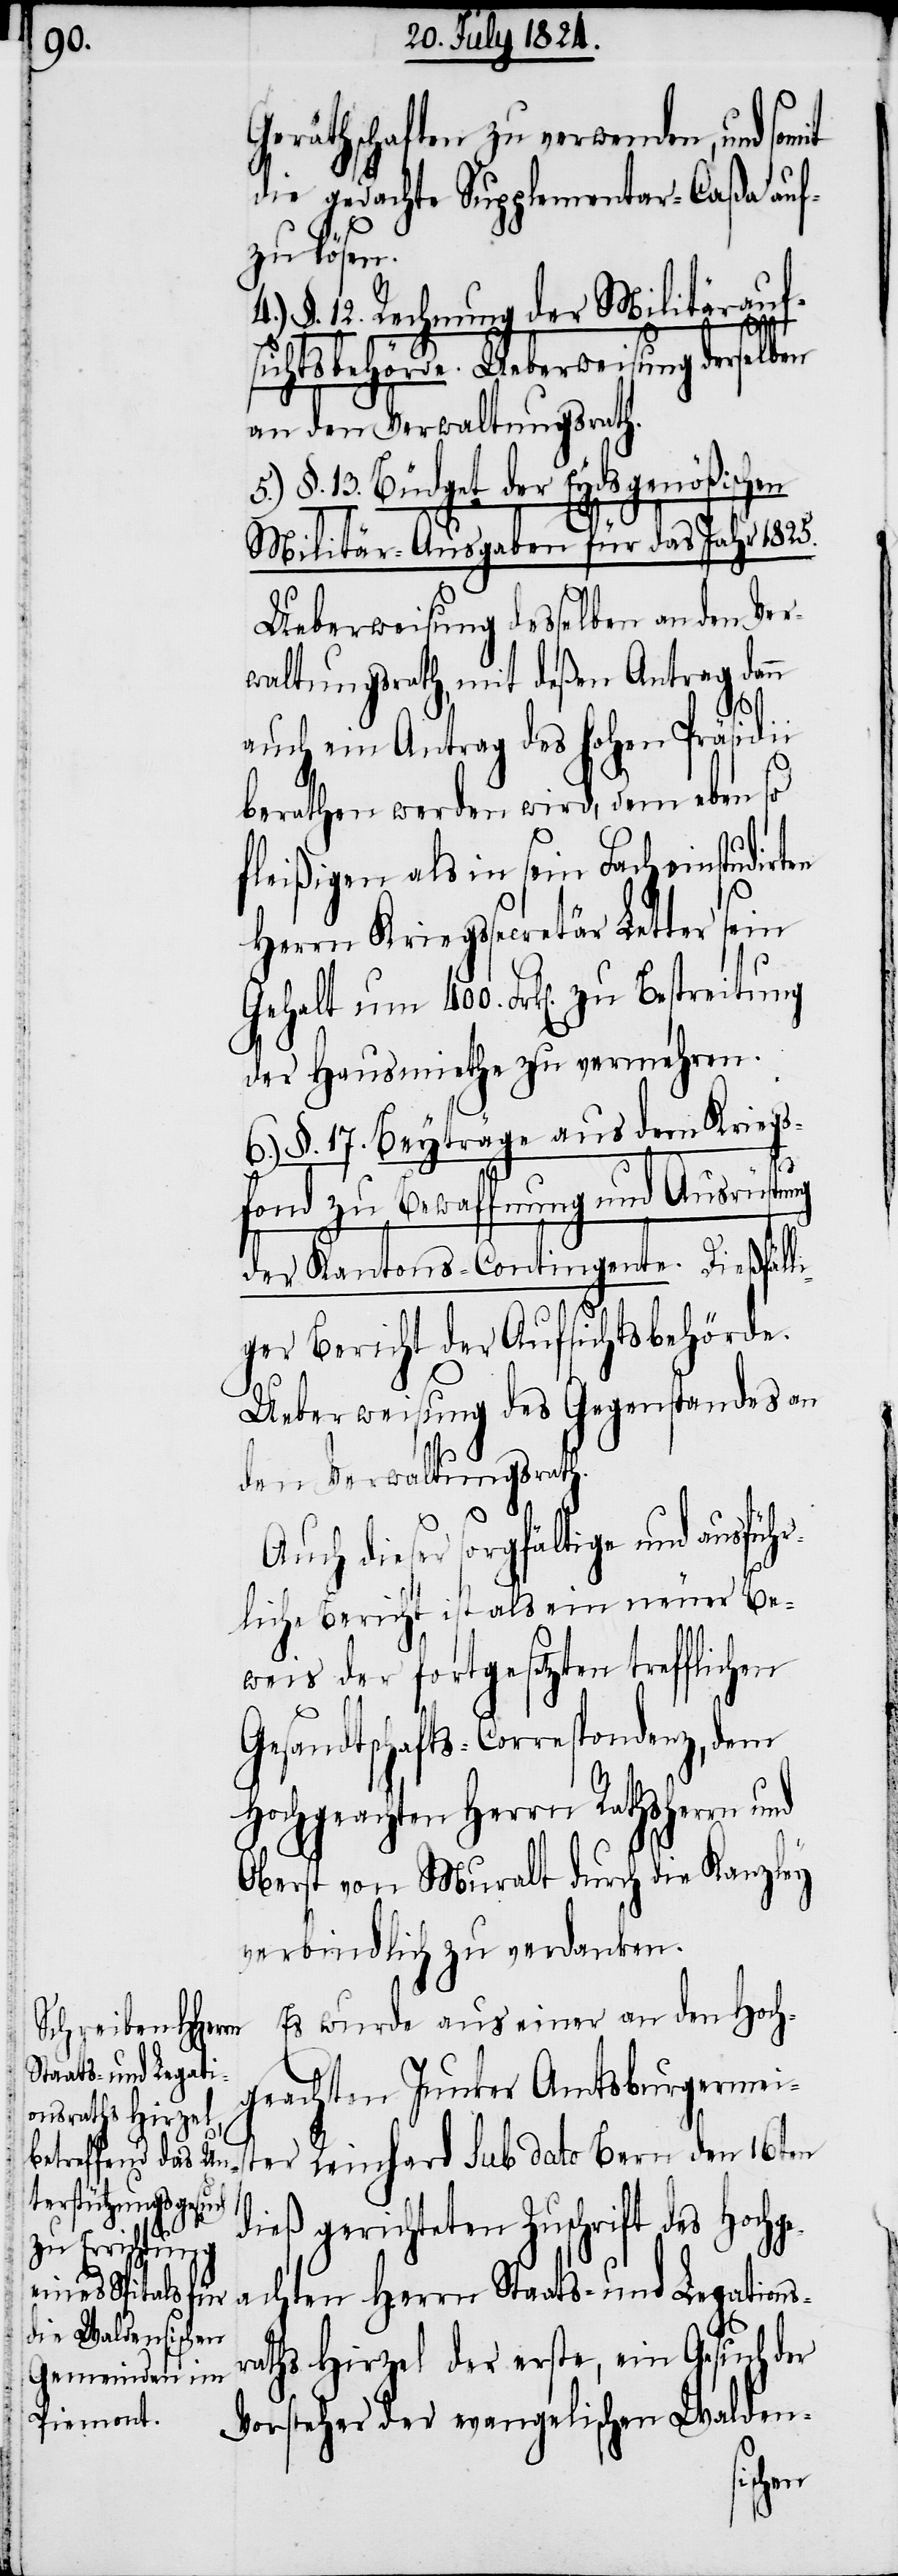
ung
Geräthschaften zu verwenden, und
die gedachte Supplementar-Caßa auf¬
zu Bestr¬
§. 12. Rechnung der Militärauf¬
400.
sichtsbehörde. Ueberweisung derselben
an den Verwaltungsrath.
§. 13. Büdget der Eydsgenößi¬
Militär-Ausgaben für das Jahr 1825.
Ueberweisung desselben an den Ver¬
waltungsrath, mit deßen Antrag dann
auch ein Antrag des hohen Präsidi¬
berathen werden wird, dem eben so
fleißigen als in sein Fach einstudir¬
Herrn Kriegssecretär Letter sein
der Hausmiethe zu vermehren.
6.) §. 17. Beyträge aus dem Kriegs¬
fond zu Bewaffnung und Ausrüstung
der Kantons-Contingente. Dießfälli¬
ger Bericht der Aufsichtsbehörde.
Ueberweisung des Gegenstandes an
eit¬
den Verwaltungsrath.
Auch dieser sorgfältige und ausfüh¬
rliche Bericht ist als ein neuer Be¬
weis der fortgesetzten trefflichen
Gesandtschafts-Correspondenz, dem
Hochgeachten Herrn Rathsherrn und
Oberst von Muralt durch die Kanzley
verbindlich zu machen.
Es wurde aus einer an den Hoch¬
geachten Junker Amtsburgermei¬
ster Reinhard sub dato Bern den 16ten
dieß gerichteten Zuschrift des Hochg¬
eachten Herrn Staats- und Legations¬
raths Hirzel der erste, ein Gesuch der
Vorsteher der evangelischen Walden-
schen